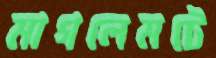
মাগলেমটে